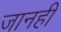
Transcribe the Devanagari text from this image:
जानहीं